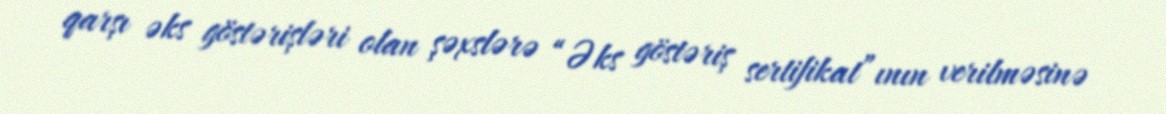
qarşı əks göstərişləri olan şəxslərə “Əks göstəriş sertifikat”ının verilməsinə